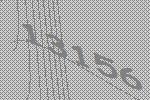
13156